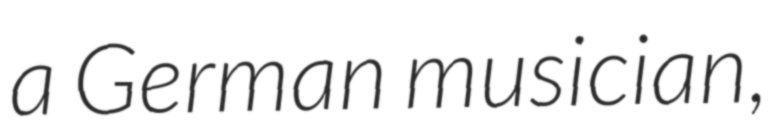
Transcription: a German musician,